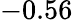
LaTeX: -0.56